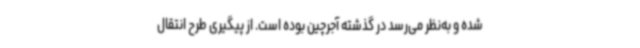
شده و به‌نظر می‌رسد در گذشته آجرچین بوده است. از پیگیری طرح انتقال